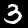
Digit: 3